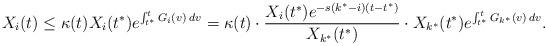
LaTeX: \begin{align*}X_i(t) \leq \kappa(t) X_i(t^*) e^{\int_{t^*}^t G_i(v) \: dv} = \kappa(t) \cdot \frac{X_i(t^*) e^{-s(k^* - i)(t - t^*)}}{X_{k^*}(t^*)} \cdot X_{k^*}(t^*) e^{\int_{t^*}^t G_{k^*}(v) \: dv}.\end{align*}